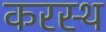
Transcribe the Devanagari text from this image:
करस्थ